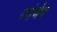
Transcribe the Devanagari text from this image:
रगंभेद